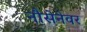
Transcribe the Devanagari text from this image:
नौसेनेवर